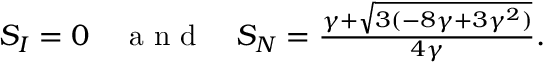
\begin{array} { r } { S _ { I } = 0 \quad \mathrm { ~ a ~ n ~ d ~ } \quad S _ { N } = \frac { \gamma + \sqrt { 3 ( - 8 \gamma + 3 \gamma ^ { 2 } ) } } { 4 \gamma } . } \end{array}